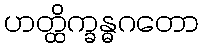
ဟတ္ထိက္ခန္ဓဂတော